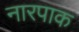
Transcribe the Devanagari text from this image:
नारपाक